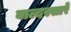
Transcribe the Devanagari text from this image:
बाल्दस्सारे